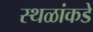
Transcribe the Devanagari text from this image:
स्थळांकडे